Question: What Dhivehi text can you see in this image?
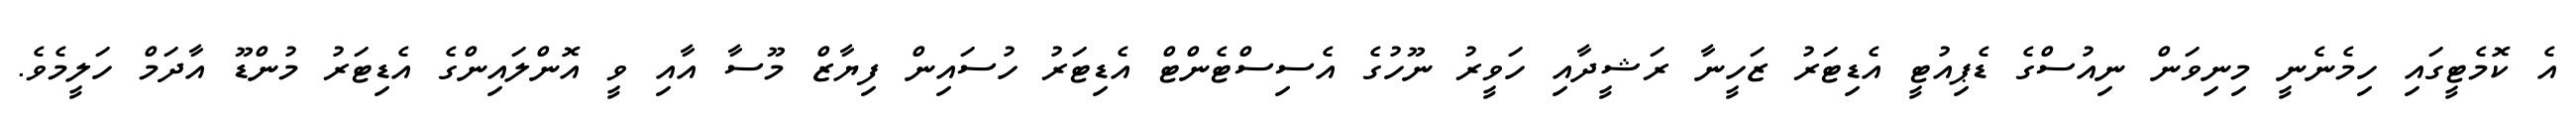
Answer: އެ ކޮމެޓީގައި ހިމެނެނީ މިނިވަން ނިއުސްގެ ޑެޕިއުޓީ އެޑިޓަރު ޒަހީނާ ރަޝީދާއި ހަވީރު ނޫހުގެ އެސިސްޓެންޓް އެޑިޓަރު ހުސައިން ފިޔާޒް މޫސާ އާއި ވީ އޮންލައިންގެ އެޑިޓަރު މުންޑޫ އާދަމް ހަލީމެވެ.